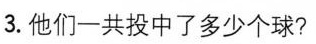
3. 他们一共投中了多少个球?